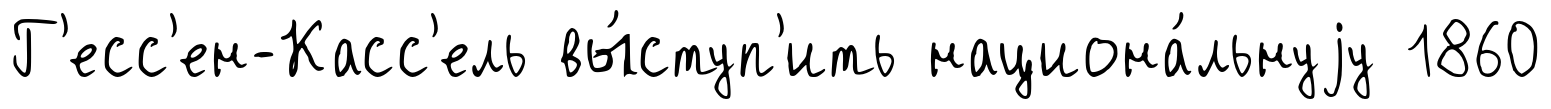
Г'есс'ен-Касс'ель вы́ступ'ить национа́льнуjу 1860